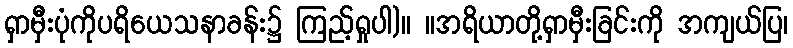
ရှာမှီးပုံကိုပရိယေသနာခန်း၌ ကြည့်ရှုပါ)။ ။အရိယာတို့ရှာမှီးခြင်းကို အကျယ်ပြ၊